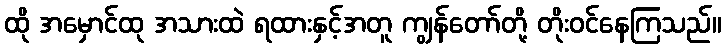
ထို အမှောင်ထု အသားထဲ ရထားနှင့်အတူ ကျွန်တော်တို့ တိုးဝင်နေကြသည်။